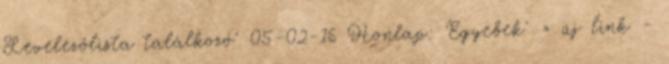
Levelezőlista találkozó' 05-02-16 Honlap: 'Egyebek' » új link -